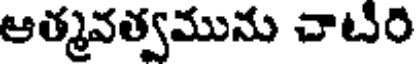
ఆత్మవత్వమును చాటిరి